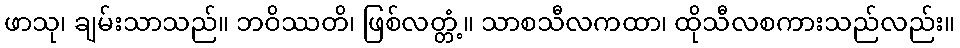
ဖာသု၊ ချမ်းသာသည်။ ဘဝိဿတိ၊ ဖြစ်လတ္တံ့။ သာစသီလကထာ၊ ထိုသီလစကားသည်လည်း။